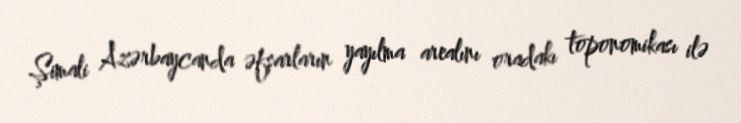
Şimali Azərbaycanda əfşarların yayılma arealını oradakı toponomikası ilə